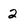
Character: 2